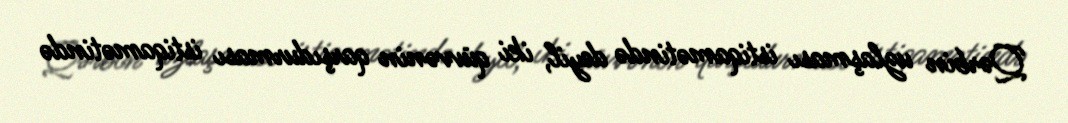
Qərbin uzlaşması istiqamətində deyil, iki qüvvənin qarşıdurması istiqamətində